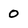
Character: 0